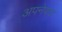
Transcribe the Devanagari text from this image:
अपनेपद